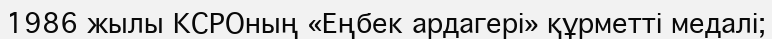
1986 жылы КСРОның «Еңбек ардагері» құрметті медалі;